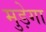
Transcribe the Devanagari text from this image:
मुड़ेगा